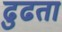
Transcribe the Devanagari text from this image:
ढुढता